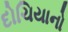
દોચિયાનો